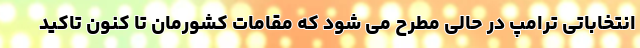
انتخاباتی ترامپ در حالی مطرح می شود که مقامات کشورمان تا کنون تاکید